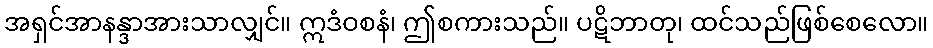
အရှင်အာနန္ဒာအားသာလျှင်။ ဣဒံဝစနံ၊ ဤစကားသည်။ ပဋိဘာတု၊ ထင်သည်ဖြစ်စေလော။